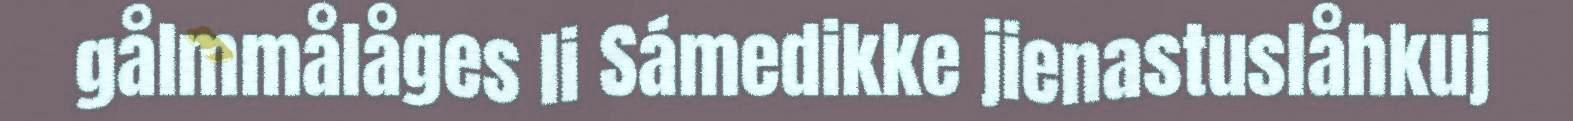
gålmmålåges li Sámedikke jienastuslåhkuj